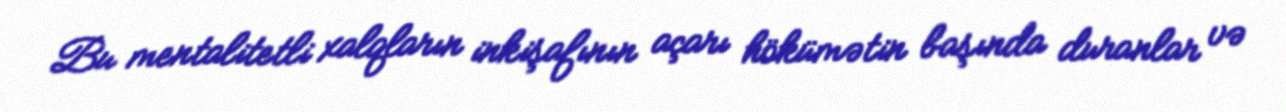
Bu mentalitetli xalqların inkişafının açarı hökümətin başında duranlar və